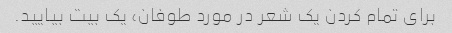
برای تمام کردن یک شعر در مورد طوفان، یک بیت بیایید.